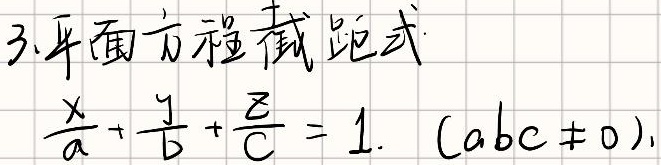
3. 平面方程截距式\(\frac{x}{a} + \frac{y}{b} + \frac{z}{c} = 1\ (abc \neq 0)\)